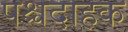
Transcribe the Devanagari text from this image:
पश्चदाहक